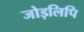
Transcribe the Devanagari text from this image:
जोड़लिपि